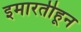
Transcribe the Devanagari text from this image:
इमारतीहून